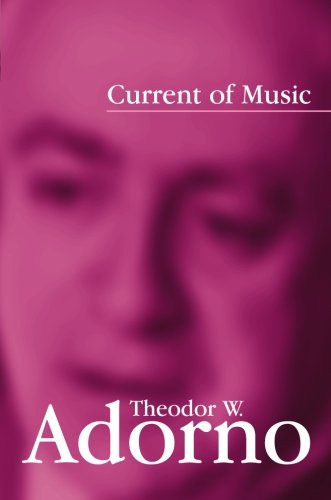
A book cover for Current of Music; Theodor W. Adorno; Humor & Entertainment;